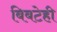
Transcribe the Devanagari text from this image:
बिबटेही